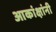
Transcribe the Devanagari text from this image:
आकांक्षांनी